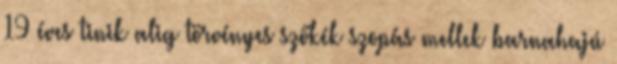
19 éves tinik alig törvényes szőkék szopás mellek barnahajú